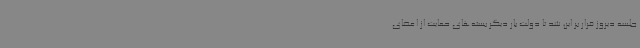
جلسه دیروز قرار بر این شد تا دولت بار دیگر بسته‌های حمایت از اعضای